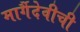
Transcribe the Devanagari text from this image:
मार्गैदेवीची